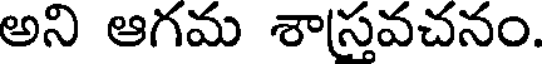
అని ఆగమ శాస్తవచనం.